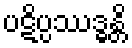
ပဋိပ္ပဿဒ္ဓန္တိ